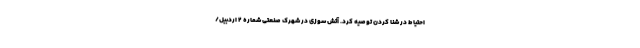
احتیاط در شنا کردن توصیه کرد. آتش سوزی در شهرک صنعتی شماره ۲ اردبیل/